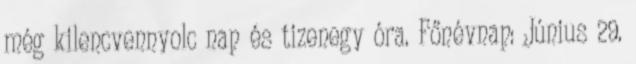
még kilencvennyolc nap és tizenegy óra. Főnévnap: Június 29.